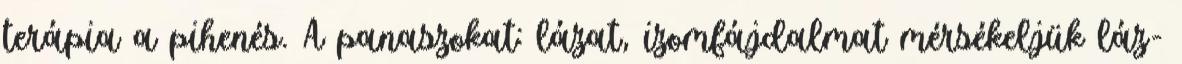
terápia a pihenés. A panaszokat: lázat, izomfájdalmat mérsékeljük láz-